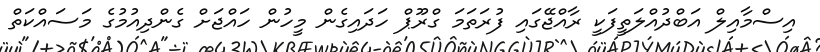
އިސްމާއިލް އަބްދުއްލަތީފަކީ ރާއްޖޭގައި ފުރަތަމަ ގްރޫޕް ހަދައިގެން މީހުން ހައްޖަށް ގެންދިއުމުގެ މަސައްކަތް